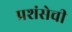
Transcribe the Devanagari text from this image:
प्रशंसेची